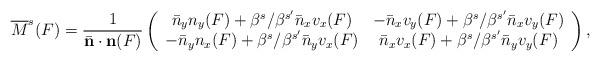
LaTeX: \begin{align*}\overline{M}^s(F)&=\frac{1}{\bar{\mathbf{ n}}\cdot\mathbf{ n}(F)}\left(\begin{array}{cc}\bar{n}_yn_y(F)+\beta^s/\beta^{s'}\bar{n}_xv_x(F) & -\bar{n}_xv_y(F)+\beta^s/\beta^{s'}\bar{n}_xv_y(F) \\-\bar{n}_yn_x(F)+\beta^s/\beta^{s'}\bar{n}_yv_x(F) & \bar{n}_xv_x(F)+\beta^s/\beta^{s'}\bar{n}_yv_y(F)\end{array}\right),\end{align*}